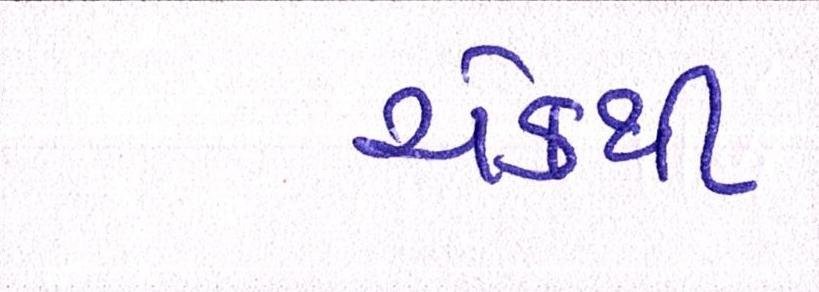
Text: ચેકથી